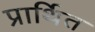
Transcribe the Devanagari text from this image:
प्रार्थित